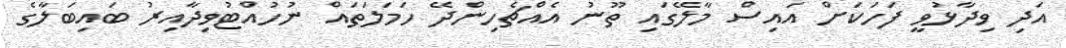
އަދި ވިދާޅުވީ ފަހަކަށް އައިސް މާލޭގައި ތޫނު އެއްޗެހިންދޭ ހަމަލަތައް ނުހުއްޓުވިދާއިރު ބައިބަލާގެ